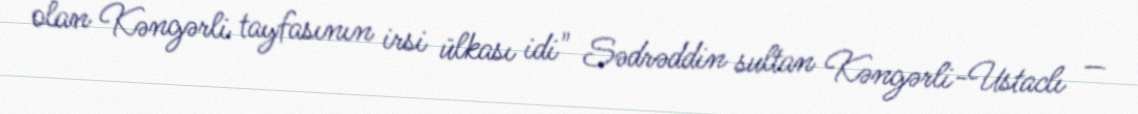
olan Kəngərli tayfasının irsi ülkası idi" Sədrəddin sultan Kəngərli-Ustaclı —